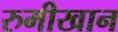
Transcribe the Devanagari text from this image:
रुमीखान